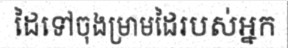
ដៃទៅចុងម្រាមដៃរបស់អ្នក